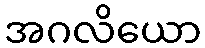
အဂလိယော